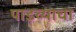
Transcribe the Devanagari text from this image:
पाडव्याचा